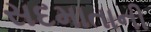
સદમાતાની